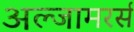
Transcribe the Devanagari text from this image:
अल्जामरर्स